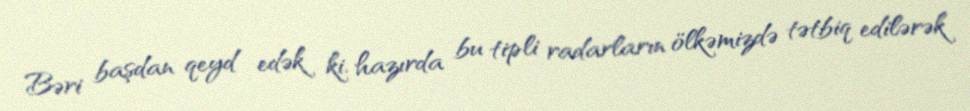
Bəri başdan qeyd edək ki, hazırda bu tipli radarların ölkəmizdə tətbiq edilərək